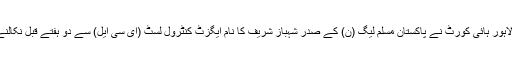
واضح رہے کہ لاہور ہائی کورٹ نے پاکستان مسلم لیگ (ن) کے صدر شہباز شریف کا نام ایگزٹ کنٹرول لسٹ (ای سی ایل) سے دو ہفتے قبل نکالنے کا حکم دیا تھا۔